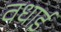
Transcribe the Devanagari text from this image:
वधाई